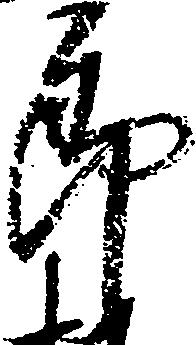
郎